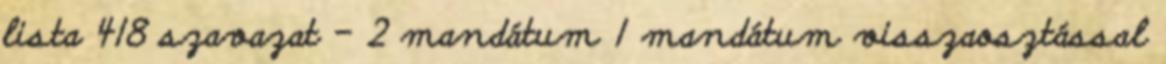
lista 418 szavazat – 2 mandátum 1 mandátum visszaosztással